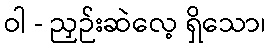
ဝါ - ညှဉ်းဆဲလေ့ ရှိသော၊